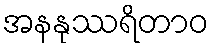
အနနုဿရိတာဝ